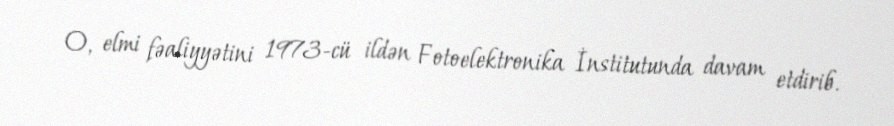
O, elmi fəaliyyətini 1973-cü ildən Fotoelektronika İnstitutunda davam etdirib.